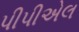
પીપીએલ